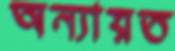
অন্যায়ত